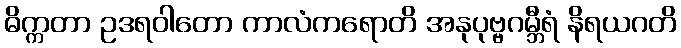
ဓိက္ကတာ ဥဒရဝါတော ကာလံကရောတိ အနုပုဗ္ဗဂမ္ဘီရံ နိရယဂတိ